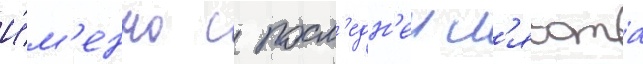
И́м'енно с посл'едн'еи л'ясота